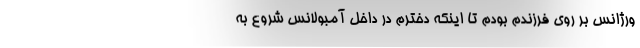
ورژانس بر روی فرزندم بودم تا اینکه دخترم در داخل آمبولانس شروع به